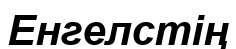
Енгелстің